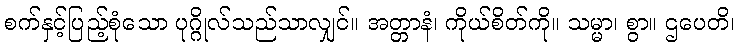
စက်နှင့်ပြည့်စုံသော ပုဂ္ဂိုလ်သည်သာလျှင်။ အတ္တာနံ၊ ကိုယ်စိတ်ကို။ သမ္မာ၊ စွာ။ ဌပေတိ၊